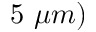
5 ~ \mu m )